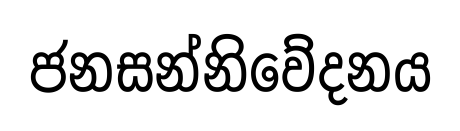
ජනසන්නිවේදනය